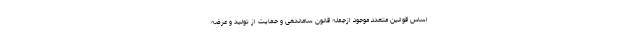
اساس قوانین متعدد موجود ازجمله قانون ساماندهی و حمایت از تولید و عرضه